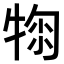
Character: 𤚂